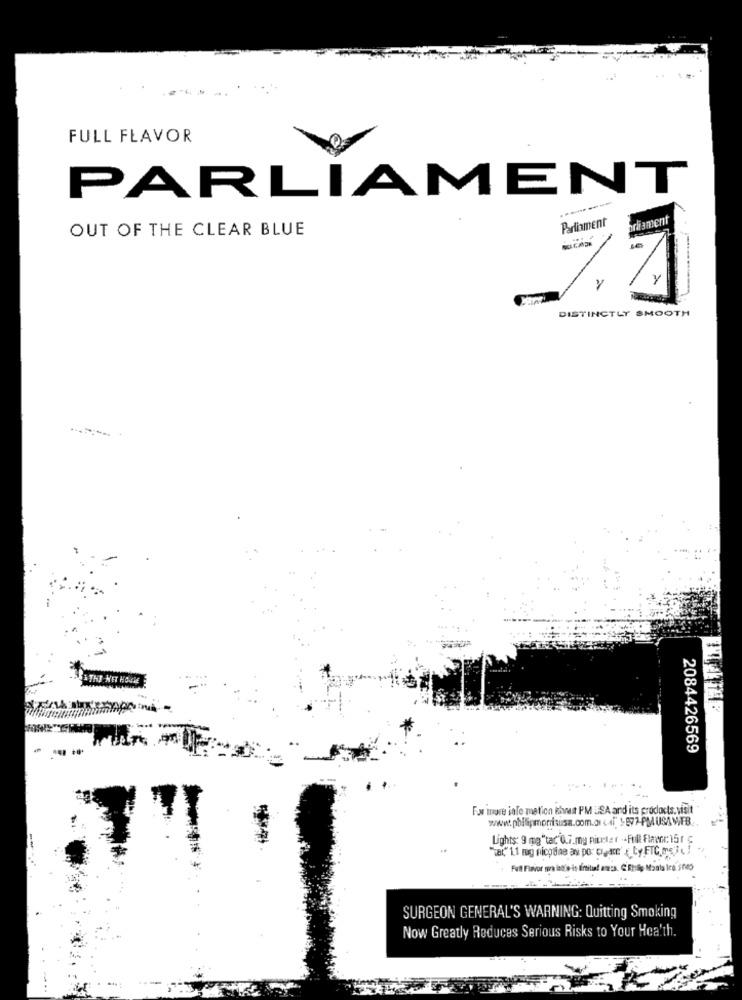
FULL FLAVOR
PARLIAMENT
Parliament
OUT OF THE CLEAR BLUE
Y
y
DISTINCTLY SMOOTH
2084426569
For more info mation that PM USA and its products, visit
www.philipmorrisusa.com.os < 4i" 1-877-PMUSAM,FB ..
Lights: 9 mg"tac'0.7.my niceter . Full Flacnr: 151 ℃
SURGEON GENERAL'S WARNING: Quitting Smoking
Now Greatly Reduces Serious Risks to Your Hea'th.